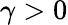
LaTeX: \gamma>0